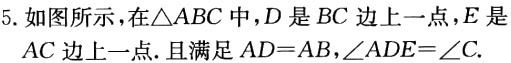
5. 如图所示，在\(\triangle ABC\)中，\(D\)是\(BC\)边上一点，\(E\)是\(AC\)边上一点. 且满足\(AD = AB\)，\(\angle ADE=\angle C\).